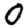
Digit: 0